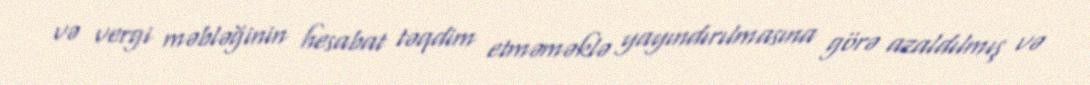
və vergi məbləğinin hesabat təqdim etməməklə yayındırılmasına görə azaldılmış və